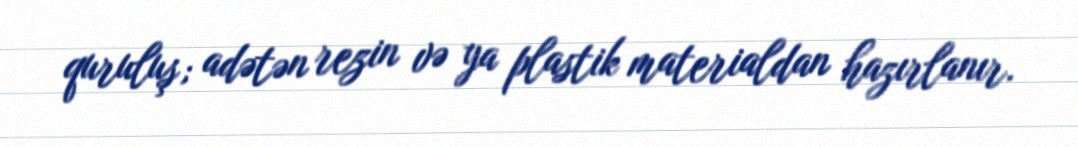
quruluş; adətən rezin və ya plastik materialdan hazırlanır.